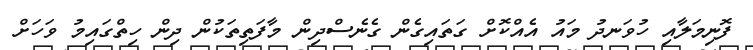
ފޮނިމަލާއި ހުވަނދު މައު އެއްކޮށް ގަތައިގެން ގެނެސްދިން މާފަތިތަކުން ދިން ހިތްގައިމު ވަހަށް